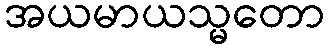
အယမာယသ္မတော